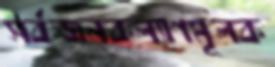
সর্বজনকল্যাণমূলক